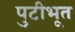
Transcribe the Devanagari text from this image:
पुटीभूत